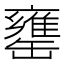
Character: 罋